Tartu_pedagoogiumi_aruanded, lk 4
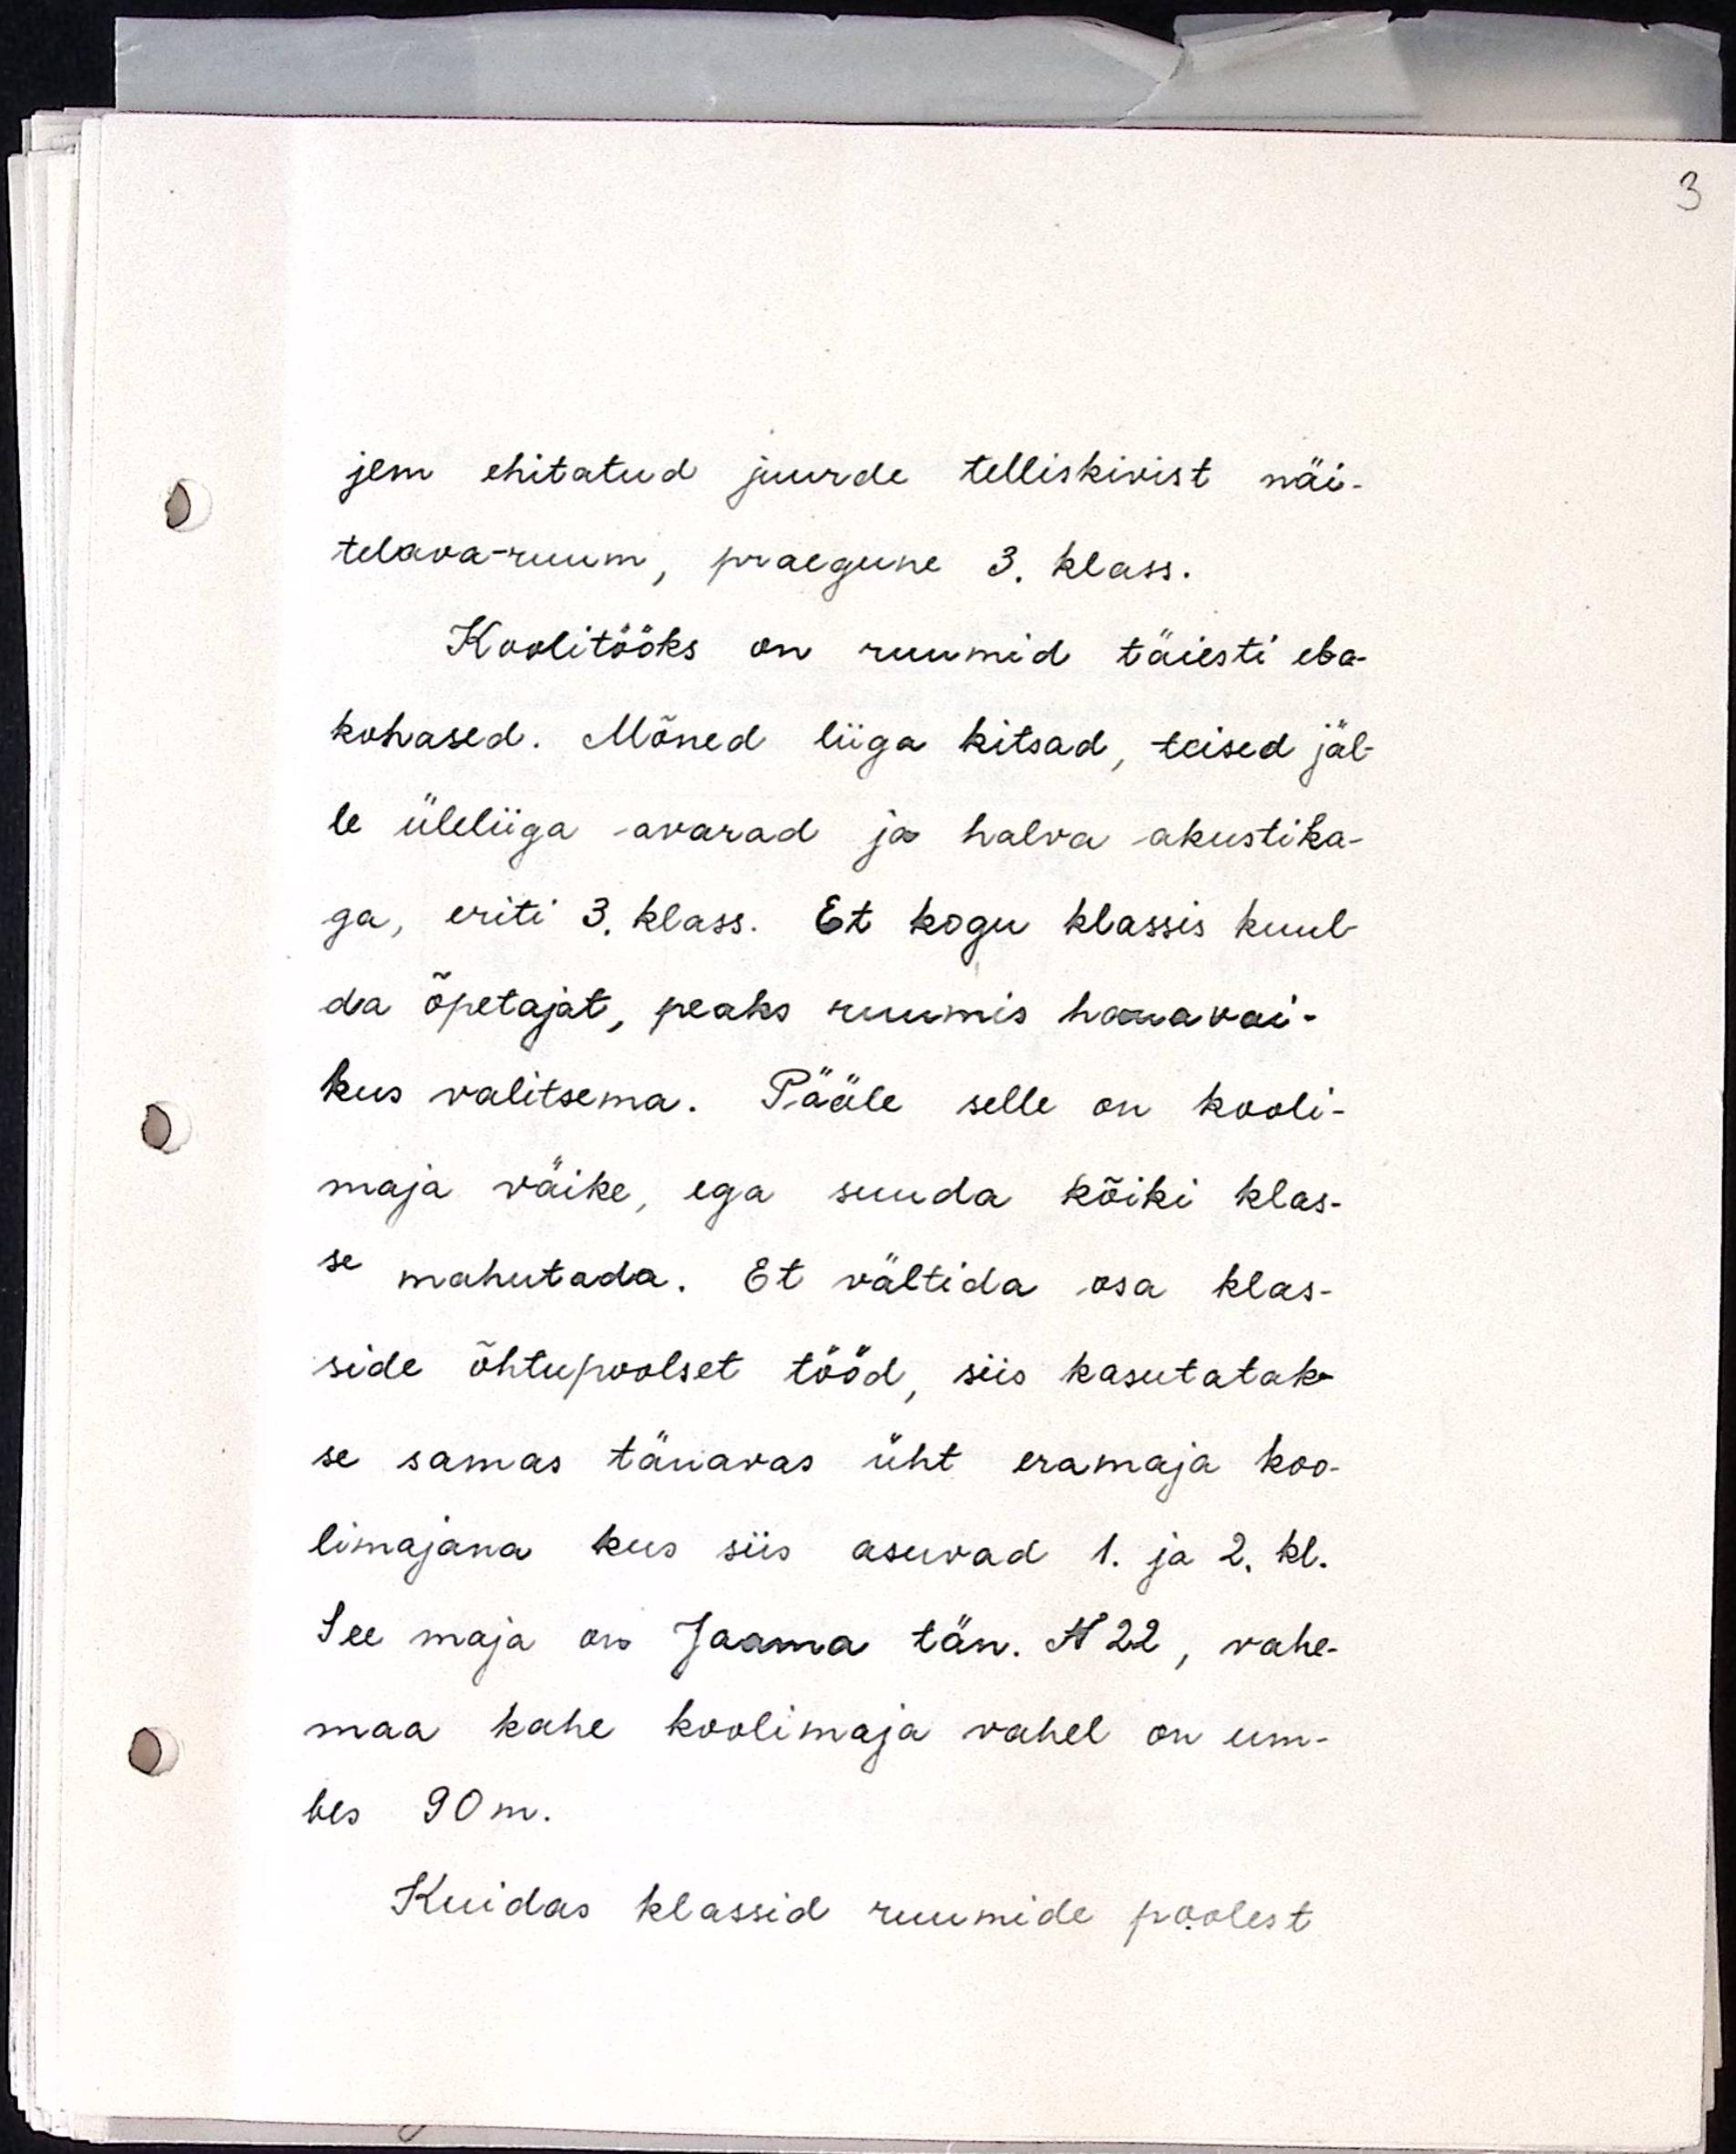
jem ehitatud juurde telliskivist näi-
telava-ruum, praegune 3. klass.
Koolitööks on ruumid täiesti eba-
kohased. Mõned liiga kitsad, teised jäl-
le üleliiga avarad ja halva akustika-
ga, eriti 3. klass. Et kogu klassis kuul-
da õpetajat, peaks ruumis hauavai-
kus valitsema. Pääle selle on kooli-
maja väike, ega suuda kõiki klas-
se mahutada. Et vältida osa klas-
side õhtupoolset tööd, siis kasutatak-
se samas tänavas üht eramaja koo-
limajana kus siis asuvad 1. ja 2. kl.
See maja on Jaama tän. N22, vahe-
maa kahe koolimaja vahel on um-
bes 90m.
Kuidas klassid ruumide poolest